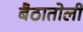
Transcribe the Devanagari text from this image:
बैठातोली